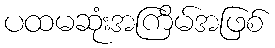
ပထမဆုံးအကြိမ်အဖြစ်